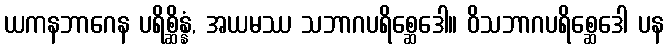
ယကနဘာဂေန ပရိစ္ဆိန္နံ, အယမဿ သဘာဂပရိစ္ဆေဒေါ။ ဝိသဘာဂပရိစ္ဆေဒေါ ပန